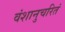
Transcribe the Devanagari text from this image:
वंशानुचरितं